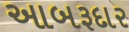
આબરૂદાર